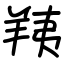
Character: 羠